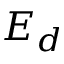
E _ { d }